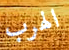
الهرب